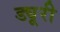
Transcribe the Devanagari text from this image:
ड्यूरी